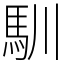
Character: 馴